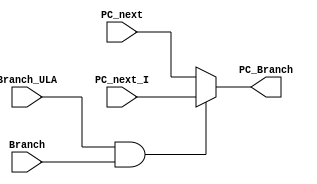
module Mux_Branch (PC_next, PC_next_I, Branch_ULA,Branch,PC_Branch);

input [31:0] PC_next;
input [31:0] PC_next_I;
input Branch; // sinal da unidade de controle
input Branch_ULA; //sinal equal advindo da ULA, no mdulo da ULAeu nomeei como branch
output reg [31:0] PC_Branch;

always @(*) begin
	if(Branch_ULA && Branch) // Esse  o add encontrado no esquemtico
		begin
			PC_Branch = PC_next_I; //PC que vem do imediato extendido
		end
	else
		begin
			PC_Branch = PC_next; // PC+1 
		end
end

endmodule